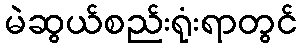
မဲဆွယ်စည်းရုံးရာတွင်